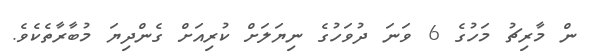
ން މާރިޗު މަހުގެ 6 ވަނަ ދުވަހުގެ ނިޔަލަށް ކުރިއަށް ގެންދިޔަ މުބާރާތެކެވެ.